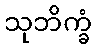
သုဘိက္ခံ